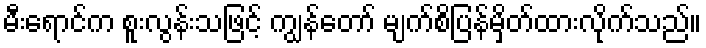
မီးရောင်က စူးလွန်းသဖြင့် ကျွန်တော် မျက်စိပြန်မှိတ်ထားလိုက်သည်။